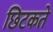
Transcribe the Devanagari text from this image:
छिटकते